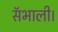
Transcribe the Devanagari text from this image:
सॅभाली।